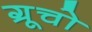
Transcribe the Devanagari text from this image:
ग्रूचो